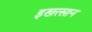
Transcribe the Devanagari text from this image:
इखत्सान